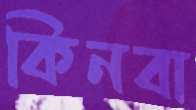
কিনবা